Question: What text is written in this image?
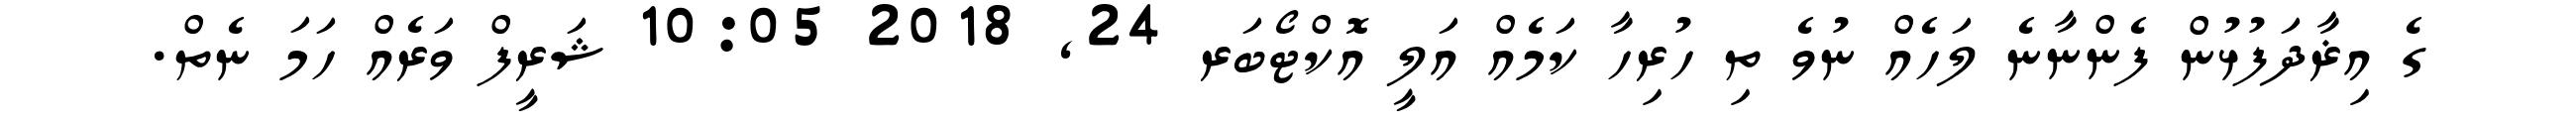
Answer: ގެ އިޜާދަފުޅުން ފެންނާނެ ލަހެއް ނުވެ ތި ހުރިހާ ކަމެއް އަލީ އޮކްޓޯބަރ 24, 2018 10:05 ޝަރީފް ވަރެއް ހަމަ ނެތް.